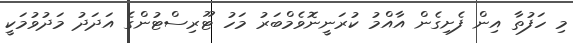
މި ހަފުތާ އިން ފެށިގެން އާއްމު ކުރަނީނޮވެމްބަރު މަހު ޓޫރިސްޓުންގެ އަދަދު މަދުވުމަކީ